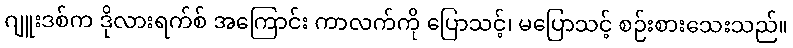
ဂျူးဒစ်က ဒိုလားရက်စ် အကြောင်း ကာလက်ကို ပြောသင့်၊ မပြောသင့် စဉ်းစားသေးသည်။